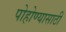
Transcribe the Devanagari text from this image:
पोहोण्यासाठी